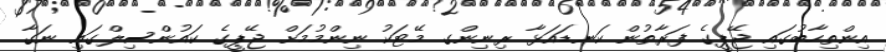
އިންތިހާބުގައި ޖޭޕީގެ ފަރާތުން ކަނޑައަޅާ ރިނިންގ މޭޓަކު ނިންމުމަށް ޖޭޕީގެ ކައުންސިލްގައި ނަގާ